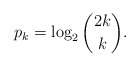
\begin{align*}p_k=\log_2\binom{2k}{k}.\end{align*}